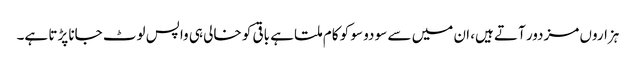
ہزاروں مزدور آتے ہیں، ان میں سے سو دو سو کو کام ملتا ہے باقی کو خالی ہی واپس لوٹ جانا پڑتا ہے۔